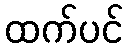
ထက်ပင်